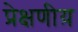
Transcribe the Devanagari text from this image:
प्रेक्षणीय़